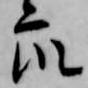
衆